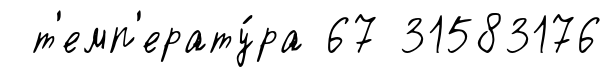
т'емп'ерату́ра 67 31583176